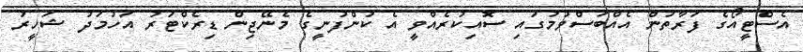
އެސްޓީއޯގެ ފަރާތުން އެއްބަސްވުމުގައި ސޮއިކުރެއްވީ އެ ކުންފުނީގެ މެނޭޖިން ޑިރެކްޓަރު އަހުމަދު ޝަހީރު